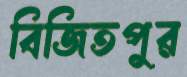
বিজিতপুর